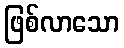
ဖြစ်လာသော